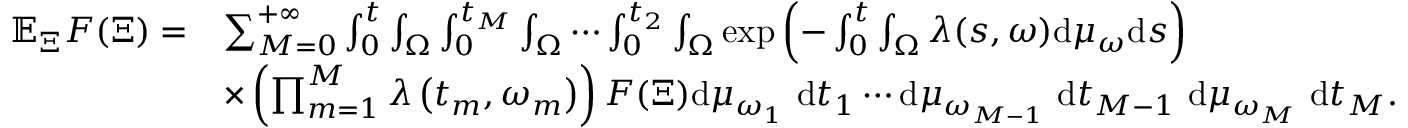
\begin{array} { r l } { \mathbb { E } _ { \Xi } F ( \Xi ) = } & { \sum _ { M = 0 } ^ { + \infty } \int _ { 0 } ^ { t } \int _ { \Omega } \int _ { 0 } ^ { t _ { M } } \int _ { \Omega } \cdots \int _ { 0 } ^ { t _ { 2 } } \int _ { \Omega } \exp \left( - \int _ { 0 } ^ { t } \int _ { \Omega } \lambda ( s , \omega ) \mathrm { d } \mu _ { \omega } \mathrm { d } s \right) } \\ & { \times \left( \prod _ { m = 1 } ^ { M } \lambda \left( t _ { m } , \omega _ { m } \right) \right) F ( \Xi ) \mathrm { d } \mu _ { \omega _ { 1 } } \mathrm { ~ d } t _ { 1 } \cdots \mathrm { d } \mu _ { \omega _ { M - 1 } } \mathrm { ~ d } t _ { M - 1 } \mathrm { ~ d } \mu _ { \omega _ { M } } \mathrm { ~ d } t _ { M } . } \end{array}